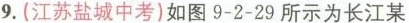
9.(江苏盐城中考)如图9-2-29所示为长江某